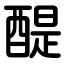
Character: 醍